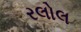
રલોલ